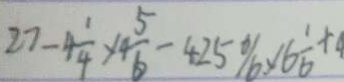
2 7 - 4 \frac { 1 } { 4 } \times 4 \frac { 5 } { 6 } - 4 2 5 \% \times 6 \frac { 1 } { 6 } + 4